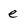
Character: e